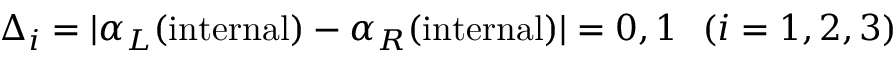
\Delta _ { i } = \vert \alpha _ { L } ( \mathrm { i n t e r n a l } ) - \alpha _ { R } ( \mathrm { i n t e r n a l } ) \vert = 0 , 1 ~ ~ ( i = 1 , 2 , 3 )